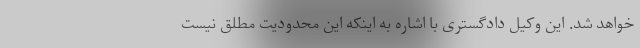
خواهد شد. این وکیل دادگستری با اشاره به اینکه این محدودیت مطلق نیست